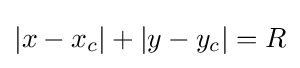
|x-x_{c}|+|y-y_{c}|=R